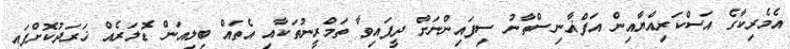
އެމެރިކާގެ އަސްކަރިއްޔާއިން އަފްޣާނިސްތާނު ސިފައިންނަށް ދީފައިވާ ތަމްރީނުތަކާއި އެތައް ބިލިއަން ޑޮލަރެއް ޚަރަދުކޮށްފައި